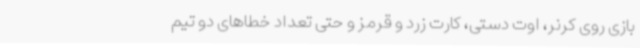
بازی روی کرنر، اوت دستی، کارت زرد و قرمز و حتی تعداد خطاهای دو تیم